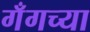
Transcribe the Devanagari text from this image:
गँगच्या